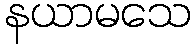
နယာမသေ